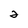
Character: 2